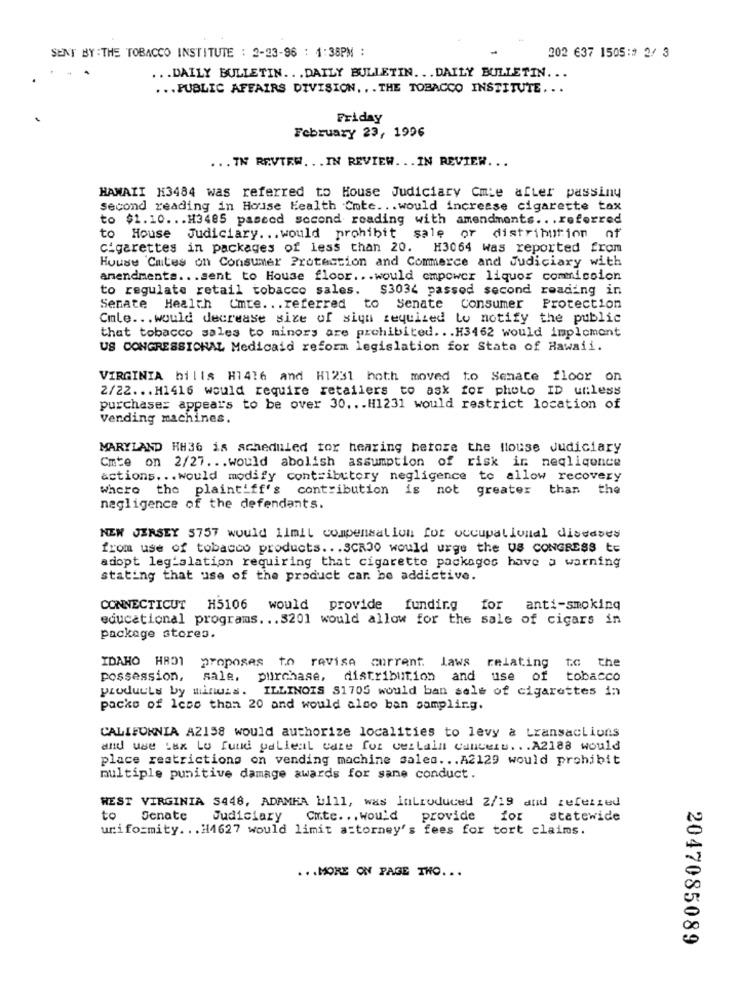
SENT BY : THE TOBACCO INSTITUTE : 2-23-96 : 1:38PM :
202 637 1505:# 2/ 3
... DAILY BULLETIN ... DAILY BULLETIN. .. DAILY BULLETIN ...
... PUBLIC AFFAIRS DIVISION. . . THE TOBACCO INSTITUTE ...
Friday
February 23, 1996
... TW REVIEW ... IN REVIEW ... IN REVIEW ...
HAWAII H3484 was referred to House Judiciary Cmie after passiny
second reading in House Health Cmte ... would increase cigarette tax
to $1.10 ... H3485 pasced Second reading with amendments .. . referred
to House Judiciary ... would prohibit sale or distribution of
cigarettes in packages of less than 20.
H3064 was reported from
House 'Cmtes on Consumer Protection and Commerce and Judiciary with
amendments ... sent to House floor ... would cmpower liquor commission
to regulate retail tobacco sales. $3034 passed second reading in
Senate Health Cmte ... referred to Senate Consumer Protection
Cmle .. . would decrease size of sign required to notify the public
that tobacco sales to minors are prohibited ... H3462 would implement
US CONGRESSICHAL Medicaid reform legislation for State of Hawaii.
VIRGINIA bills H7416 and H1231 hoth moved to Senate floor on
2/22 ... H1416 would require retailers to ask for photo ID unless
purchaser appears to be over 30 ... H1231 would restrict location of
Vending machines.
MARYLAND HH36 is scheduled for hearing before the House Judiciary
Cmte on 2/27 ... would abolish assumption of risk in neqliqonce
actions ... would modify contributory negligence to allow recovery
Where
the plaintiff's contribution is not greater than the
negligence of the defendants.
NEW JERSEY 5757 would limit compensation for occupational diseases
from use of tobacco products ... SCR30 would urge the US CONGRESS tE
adopt legislation requiring that cigarette packages have a warning
stating that use of the product car. be addictive.
CONNECTICUT H5106 would provide
fundir.g
for
anti-smoking
educational programs ... 3201 would allow for the sale of cigars in
package stores.
IDAHO HBO1 proposes to revise current. laws relating to the
possession, sale, purchase, distribution and use of tobacco
products by minuis. ILLINOIS S1705 would ban sale of cigarettes in
packs of less than 20 and would also ban sampling.
CALIFORNIA A2158 would authorize localities to levy a transactions
and use Lax Lo fund palleal care for verLain canceru. . . A2188 would
place restrictions on vending machine Sales ... A2129 would prohibit
multiple punitive damage awards for sane conduct.
WEST VIRGINIA $448, ADAMHA bill, was introduced 2/19 and referred
to
Senate Judiciary Cmte ... would provide
statewide
uniformity ... #14627 would limit attorney's fees for tort claims.
... MORE ON PAGE THO. ..
2047085089